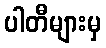
ပါတီများမှ